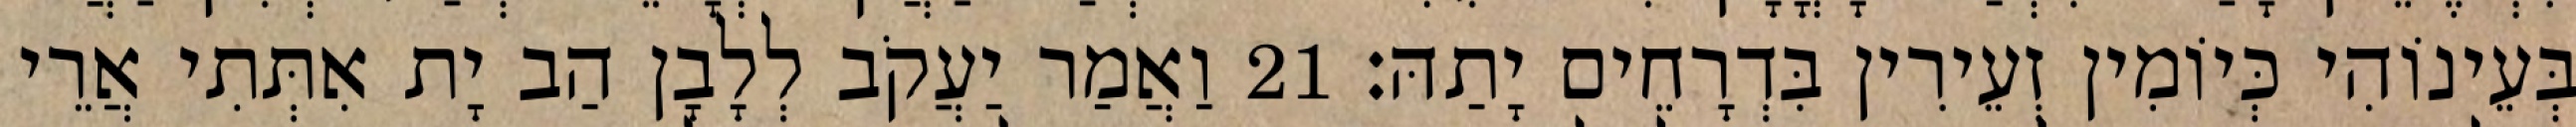
בְּעֵינוֹהִי כְּיוֹמִין זְעֵירִין בִּדְרָחֵים יָתַהּ׃ 21 וַאֲמַר יַעֲקֹב לְלָבָן הַב יָת אִתְּתִי אֲרֵי